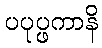
ပပုပ္ဖကာနိ